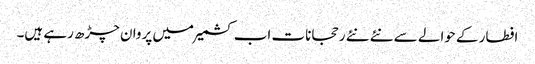
افطار کے حوالے سے نئے نئے رحجانات اب کشمیر میں پروان چڑھ رہے ہیں۔